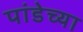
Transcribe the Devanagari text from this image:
पांडेच्या